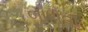
બાળતા